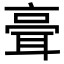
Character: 𦕺